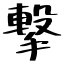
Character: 撃